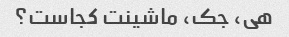
هی، جک، ماشینت کجاست؟